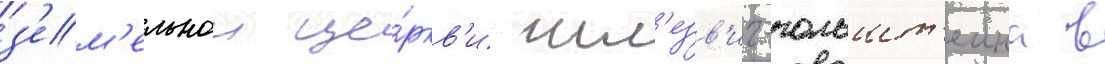
з'ем'ельнои це́ркв'и шл'езв'иг-гольшт'еина в